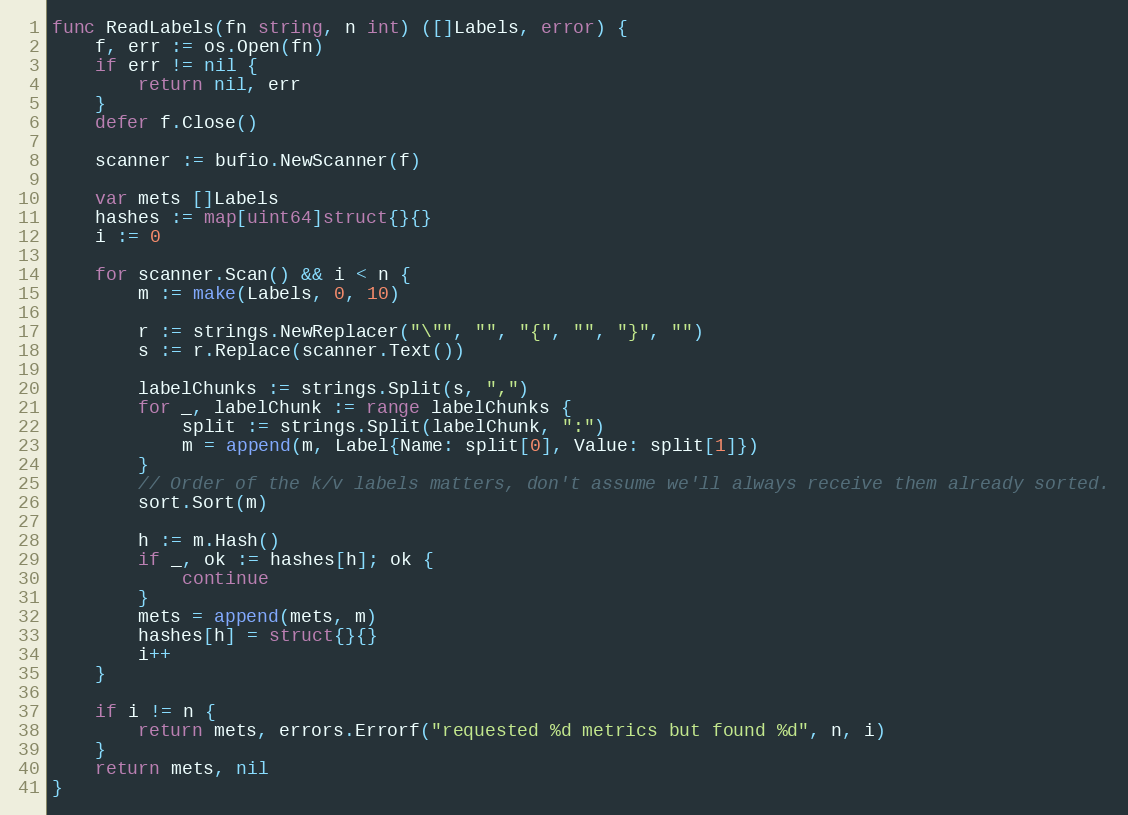
Language: Go
func ReadLabels(fn string, n int) ([]Labels, error) {
	f, err := os.Open(fn)
	if err != nil {
		return nil, err
	}
	defer f.Close()

	scanner := bufio.NewScanner(f)

	var mets []Labels
	hashes := map[uint64]struct{}{}
	i := 0

	for scanner.Scan() && i < n {
		m := make(Labels, 0, 10)

		r := strings.NewReplacer("\"", "", "{", "", "}", "")
		s := r.Replace(scanner.Text())

		labelChunks := strings.Split(s, ",")
		for _, labelChunk := range labelChunks {
			split := strings.Split(labelChunk, ":")
			m = append(m, Label{Name: split[0], Value: split[1]})
		}
		// Order of the k/v labels matters, don't assume we'll always receive them already sorted.
		sort.Sort(m)

		h := m.Hash()
		if _, ok := hashes[h]; ok {
			continue
		}
		mets = append(mets, m)
		hashes[h] = struct{}{}
		i++
	}

	if i != n {
		return mets, errors.Errorf("requested %d metrics but found %d", n, i)
	}
	return mets, nil
}